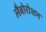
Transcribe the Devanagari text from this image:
लैबोरोशन